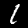
Label: 1